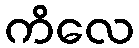
ကိလေ